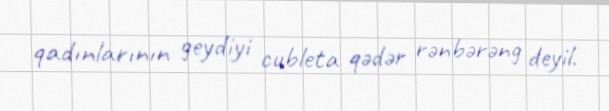
qadınlarının geydiyi cubleta qədər rənbərəng deyil.